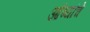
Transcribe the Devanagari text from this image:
आंब्यांचे